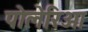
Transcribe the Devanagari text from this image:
पोलेरिओ